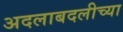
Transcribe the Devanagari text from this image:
अदलाबदलीच्या